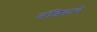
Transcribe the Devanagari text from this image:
जंजिय्राचे